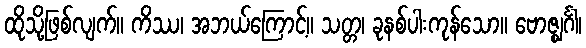
ထိုသို့ဖြစ်လျက်။ ကိဿ၊ အဘယ်ကြောင့်။ သတ္တ၊ ခုနစ်ပါးကုန်သော။ ဗောဇ္ဈင်္ဂါ၊